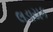
લડાયક